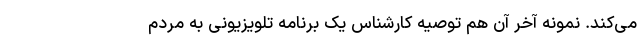
می‌کند. نمونه آخر آن هم توصیه کارشناس یک برنامه تلویزیونی به مردم